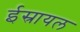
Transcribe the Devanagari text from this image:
ईस्रायल